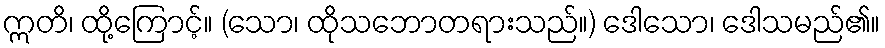
ဣတိ၊ ထို့ကြောင့်။ (သော၊ ထိုသဘောတရားသည်။) ဒေါသော၊ ဒေါသမည်၏။